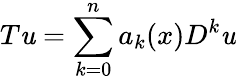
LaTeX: T\mathit{u}=\sum_{k=0}^{n}a_{k}(x)D^{k}\mathit{u}